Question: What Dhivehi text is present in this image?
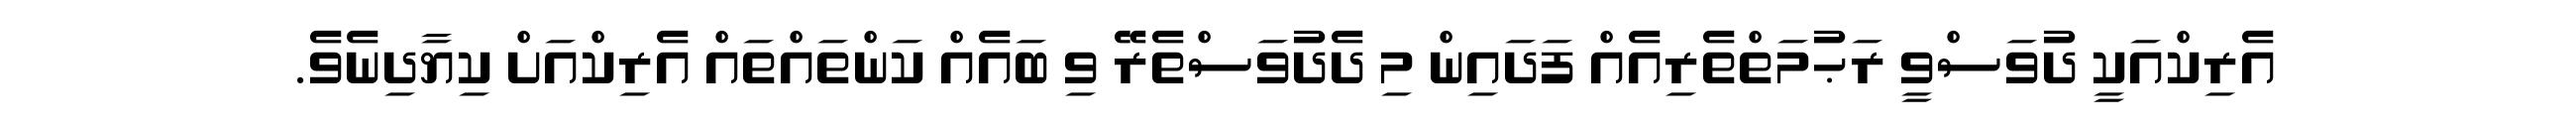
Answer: އެރިކްއަކީ ދުވަސްވީ ރަޙުމަތްތެރިއެއް ފަދައިން މި ދެދުވަސްތެރޭ ވި ބައެއް ކަންތައްތައް އެރިކްއަށް ކިޔާދިނެވެ.